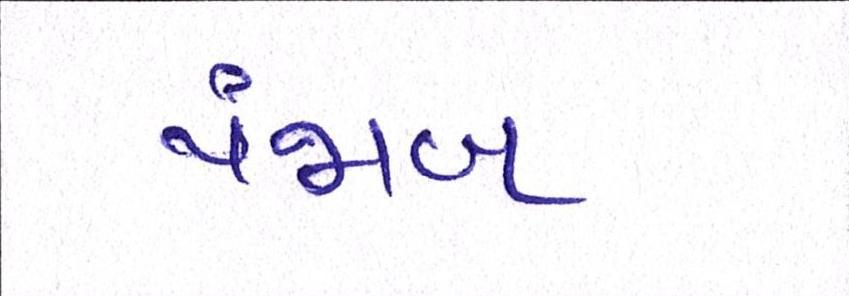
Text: પંજાબ